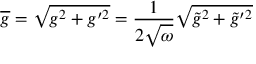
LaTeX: \overline { { { g } } } = \sqrt { g ^ { 2 } + g ^ { \prime 2 } } = \frac { 1 } { 2 \sqrt { \omega } } \sqrt { \tilde { g } ^ { 2 } + \tilde { g } ^ { \prime 2 } }